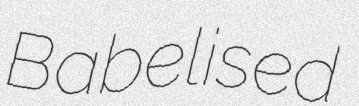
Babelised